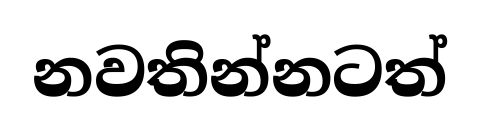
නවතින්නටත්